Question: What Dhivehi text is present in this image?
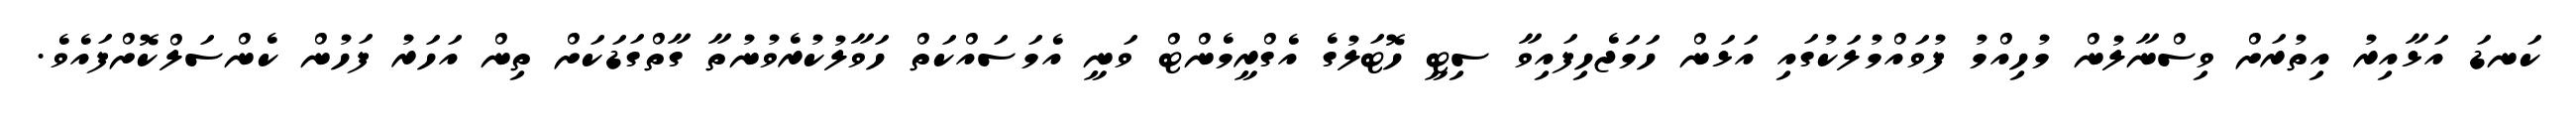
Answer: ކަނޑަ އަޅާއިރު އިތުރަށް ވިސްނާލުން މުހިއްމު ފުވައްމުލަކުގައި އަޅަން ހަމަޖެހިފައިވާ ސިޓީ ހޮޓަލުގެ އެގްރީމެންޓް ވަނީ އެމަސައްކަތް ހަވާލުކުރެވުނުތާ ގާތްގަޑަކަށް ތިން އަހަރު ފަހުން ކެންސަލްކޮށްފައެވެ.